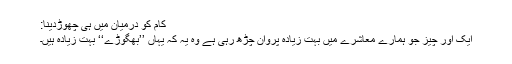
کام کو درمیان میں ہی چھوڑدینا:
ایک اور چیز جو ہمارے معاشرے میں بہت زیادہ پروان چڑھ رہی ہے وہ یہ کہ یہاں ’’بھگوڑے‘‘ بہت زیادہ ہیں۔